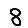
Digit: 8